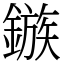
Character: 鏃